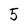
Character: 5